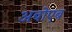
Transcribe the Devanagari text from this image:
अबोएब